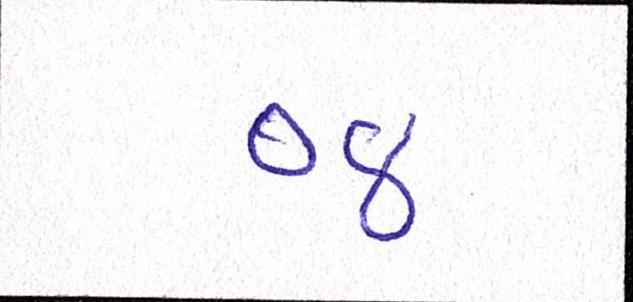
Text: ૦૪